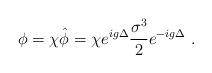
LaTeX: \begin{align*}\phi = \chi \hat{\phi} = \chi e^{ig\Delta} \frac{\sigma^3}{2} e^{-ig\Delta}\ .\end{align*}